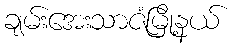
ချမ်းအေးသာဇံမြို့နယ်